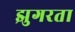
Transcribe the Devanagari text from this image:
झुगरता